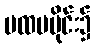
ပထမပိုင်း၌